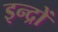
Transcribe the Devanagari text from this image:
इन्द्रों